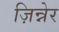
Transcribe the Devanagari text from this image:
ज़िन्नेर